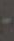
-